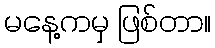
မနေ့ကမှ ဖြစ်တာ။